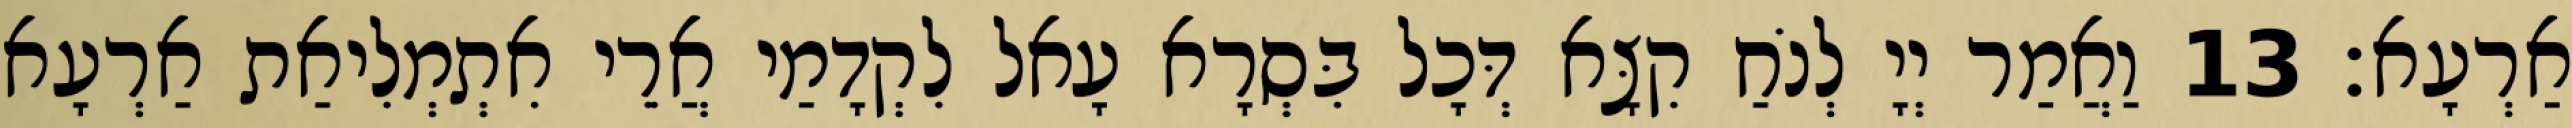
אַרְעָא׃ 13 וַאֲמַר יְיָ לְנֹחַ קִצָּא דְּכָל בִּסְרָא עָאל לִקְדָמַי אֲרֵי אִתְמְלִיאַת אַרְעָא